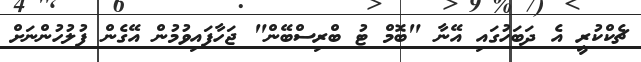
ޗެކްކުރީ އެ ދަބަހުގައި އޭނާ "ބޮމް ޓު ބްރިސްބޭން" ޖަހާފައިވުމުން އޭގެން ފުލުހުންނަށް